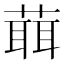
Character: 𦻙